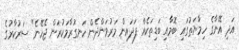
އަދި އޭނާގެ ހިމާޔަތުގައި ބޮމާއި ބަޑިތަކެއް ފަދައިން މަރުވަންދެން ހަނގުރާމަކުރަން ޖެހޭނެ" ސަރުކާރުގެ